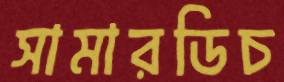
সামারডিচ